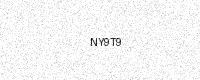
Text: NY9T9